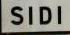
sidi